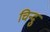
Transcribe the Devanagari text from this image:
चिन्दु